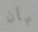
بأن